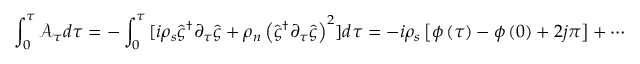
\int _ { 0 } ^ { \tau } { \mathcal { A } _ { \tau } d \tau } = - \int _ { 0 } ^ { \tau } { [ i \rho _ { s } \hat { \varsigma } ^ { \dagger } \partial _ { \tau } \hat { \varsigma } + \rho _ { n } \left( \hat { \varsigma } ^ { \dagger } \partial _ { \tau } \hat { \varsigma } \right) ^ { 2 } ] d \tau } = - i \rho _ { s } \left[ \phi \left( \tau \right) - \phi \left( 0 \right) + 2 j \pi \right] + \cdots